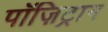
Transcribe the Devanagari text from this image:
पॉज़िट्रान